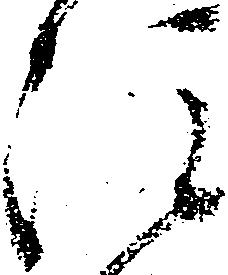
注